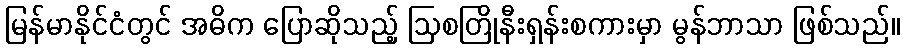
မြန်မာနိုင်ငံတွင် အဓိက ပြောဆိုသည့် ဩစတြိုနီးရှန်းစကားမှာ မွန်ဘာသာ ဖြစ်သည်။